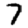
Digit: 7